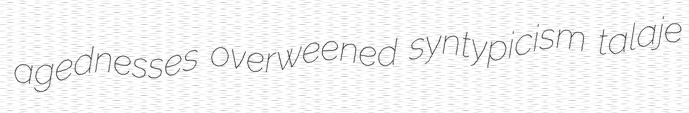
agednesses overweened syntypicism talaje